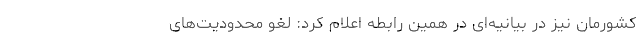
کشورمان نیز در بیانیه‌ای در همین رابطه اعلام کرد: لغو محدودیت­‌های